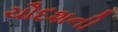
ચૌદશની